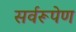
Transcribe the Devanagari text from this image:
सर्वरूपेण